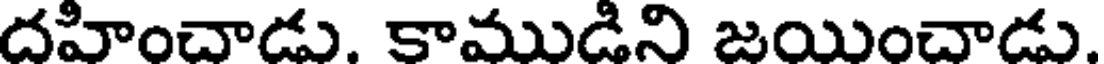
దహించాడు. కాముడిని జయించాడు.